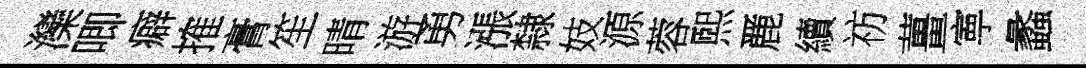
灤唧癖搉膏笙晴游勇漲隸妓源蓉煕䴡續祊薑寕蠡